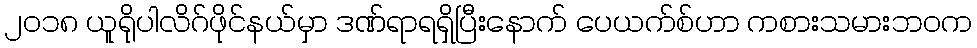
၂၀၁၈ ယူရိုပါလိဂ်ဖိုင်နယ်မှာ ဒဏ်ရာရရှိပြီးနောက် ပေယက်စ်ဟာ ကစားသမားဘဝက